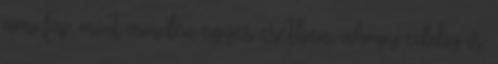
ami fáj, mint minden egyes esetben, ahogy eddig is.